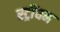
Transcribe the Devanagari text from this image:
स्ट्रींघम